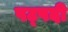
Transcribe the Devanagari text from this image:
षट्‍पदी